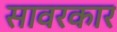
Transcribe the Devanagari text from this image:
सावरकार